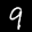
Label: 9